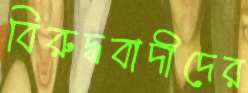
বিরুদ্ধবাদীদের